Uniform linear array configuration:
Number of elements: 64
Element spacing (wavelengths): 1
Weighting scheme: binomial
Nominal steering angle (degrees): -60
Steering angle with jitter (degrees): -59.553
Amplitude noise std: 0.05
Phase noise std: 0.05

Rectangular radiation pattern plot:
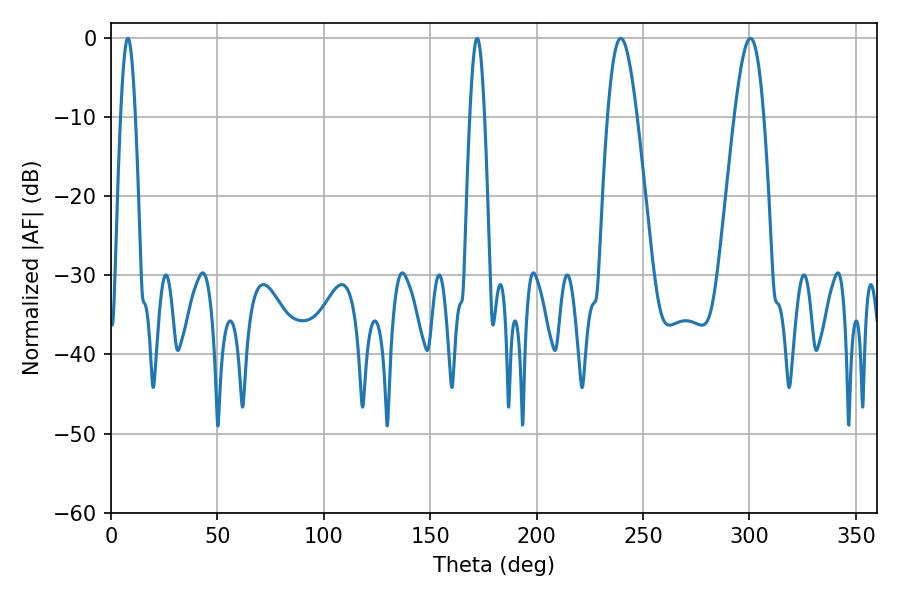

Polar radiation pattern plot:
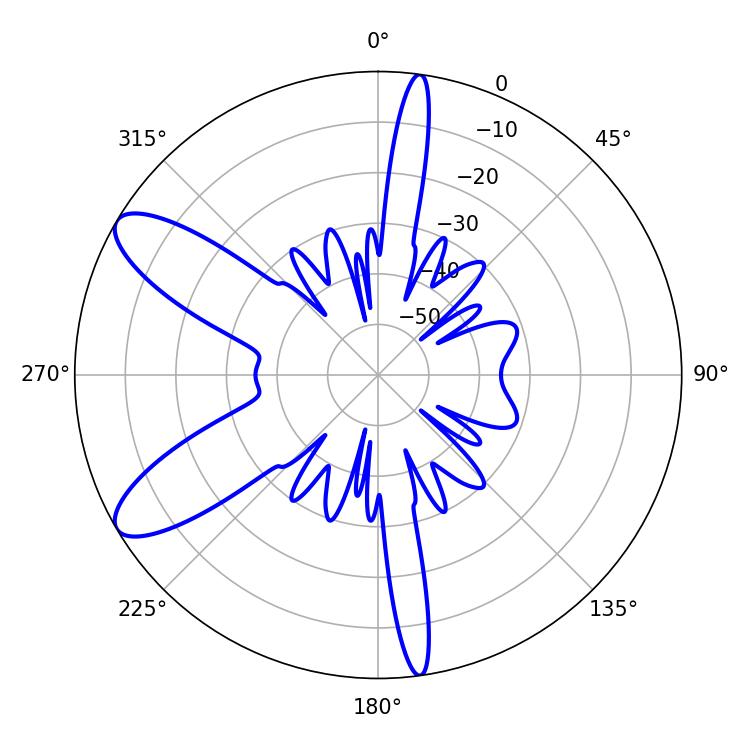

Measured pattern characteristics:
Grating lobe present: TRUE
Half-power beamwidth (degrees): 3.6
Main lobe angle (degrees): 7.92